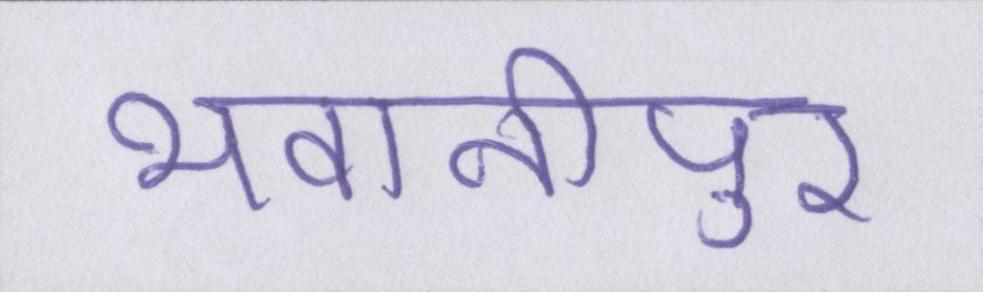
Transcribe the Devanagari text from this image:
भवानीपुर